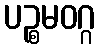
ပဉ္စမဝဂ္ဂ